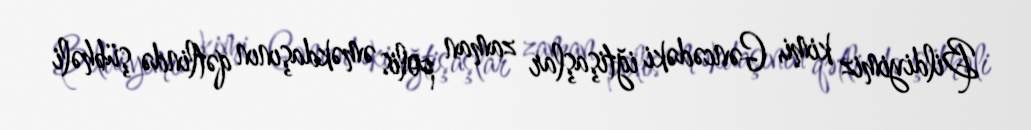
Bildiyimiz kimi, Gəncədəki iğtişaşlar zaman polis əməkdaşının qətlində şübhəli